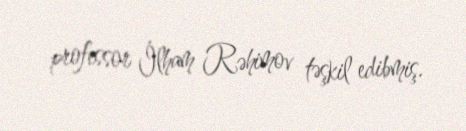
professor İlham Rəhimov təşkil edibmiş.